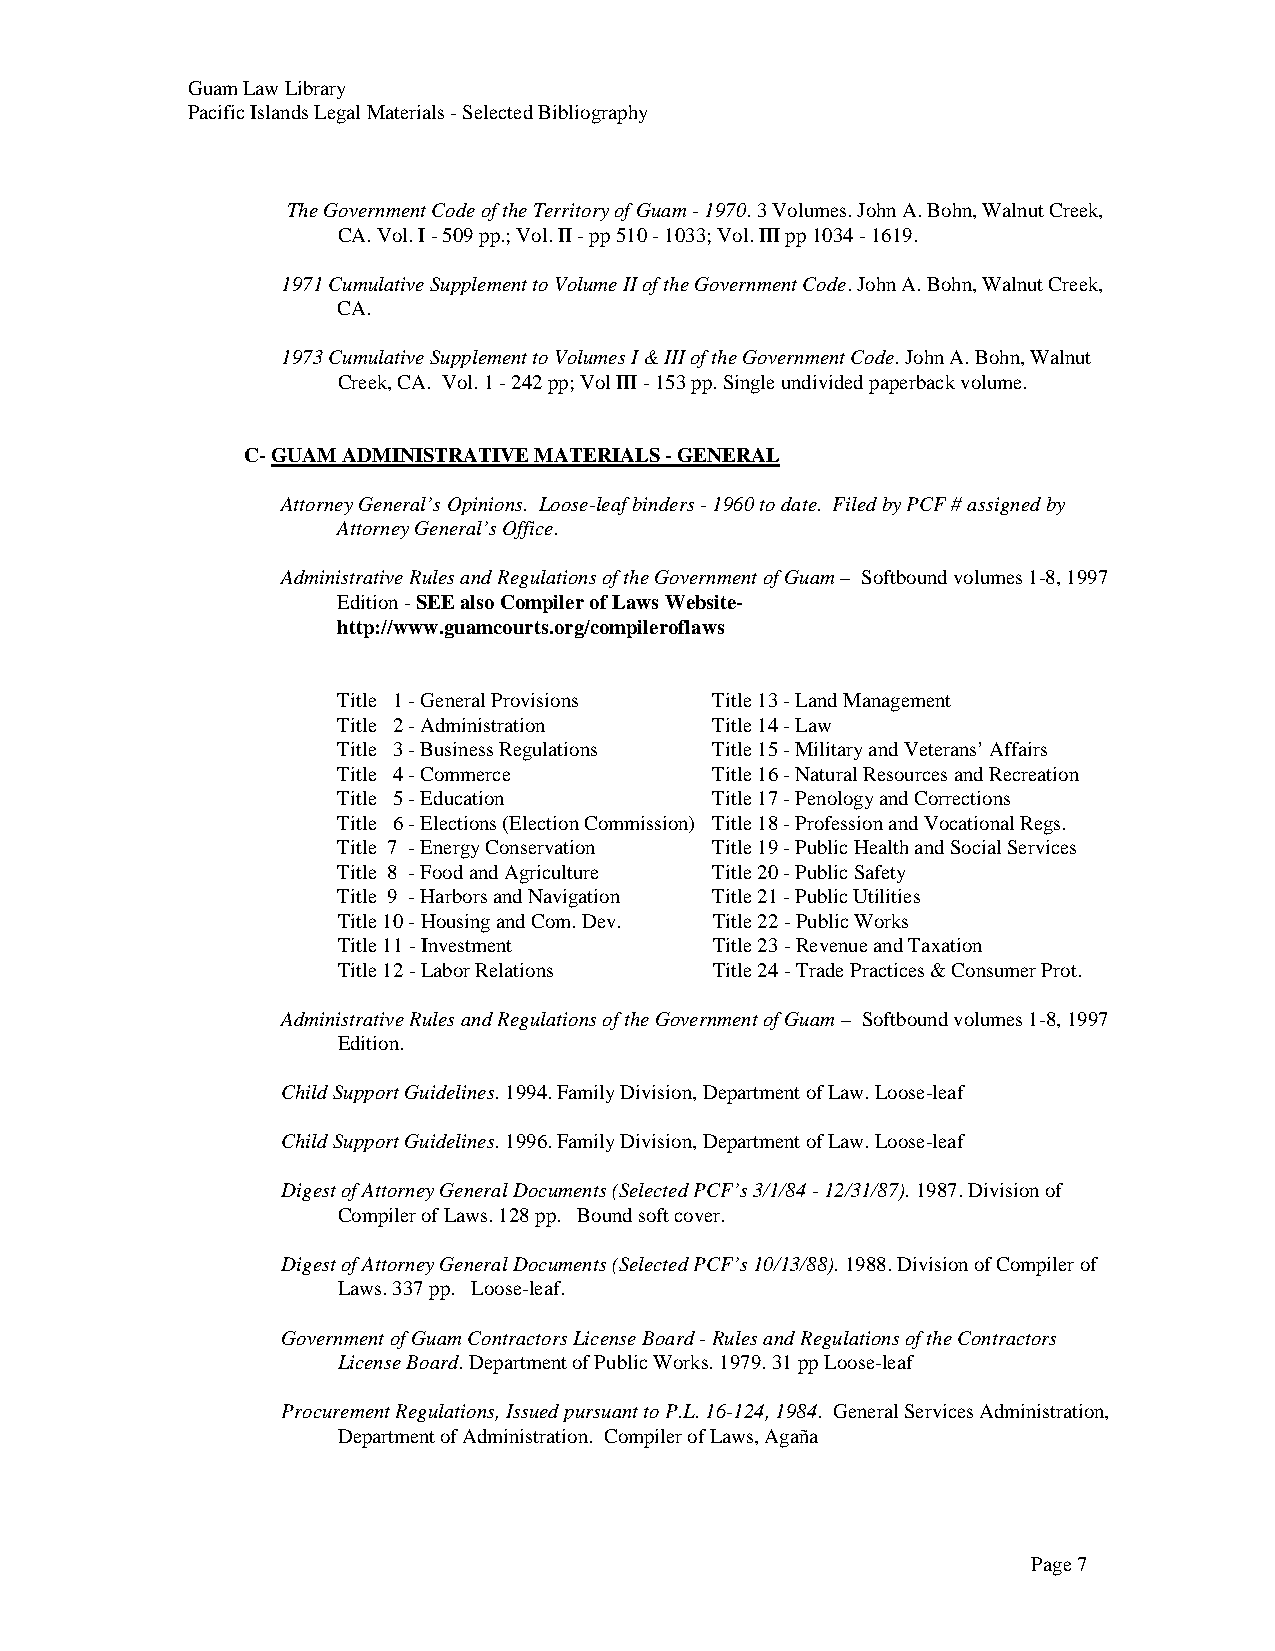
Guam Law Library
 Pacific Islands Legal Materials - Selected Bibliography
 The Government Code of the Territory of Guam - 1970. 3 Volumes. John A. Bohn, Walnut Creek,
 CA. Vol. I - 509 pp.; Vol. II - pp 510 - 1033; Vol. III pp 1034 - 1619.
 1971 Cumulative Supplement to Volume II of the Government Code. John A. Bohn, Walnut Creek,
 CA.
 1973 Cumulative Supplement to Volumes I & III of the Government Code. John A. Bohn, Walnut
 Creek, CA. Vol. 1 - 242 pp; Vol III - 153 pp. Single undivided paperback volume.
 C- GUAM ADMINISTRATIVE MATERIALS - GENERAL
 Attorney General’s Opinions. Loose-leaf binders - 1960 to date. Filed by PCF # assigned by
 Attorney General’s Office.
 Administrative Rules and Regulations of the Government of Guam – Softbound volumes 1-8, 1997
 Edition - SEE also Compiler of Laws Website-
 http://www.guamcourts.org/compileroflaws
 Title 1 - General Provisions Title 13 - Land Management
 Title 2 - Administration Title 14 - Law
 Title 3 - Business Regulations Title 15 - Military and Veterans’ Affairs
 Title 4 - Commerce       Title 16 - Natural Resources and Recreation
 Title 5 - Education      Title 17 - Penology and Corrections
 Title 6 - Elections (Election Commission) Title 18 - Profession and Vocational Regs.
 Title 7 - Energy Conservation Title 19 - Public Health and Social Services
 Title 8 - Food and Agriculture Title 20 - Public Safety
 Title 9 - Harbors and Navigation Title 21 - Public Utilities
 Title 10 - Housing and Com. Dev. Title 22 - Public Works
 Title 11 - Investment    Title 23 - Revenue and Taxation
 Title 12 - Labor Relations Title 24 - Trade Practices & Consumer Prot.
 Administrative Rules and Regulations of the Government of Guam – Softbound volumes 1-8, 1997
 Edition.
 Child Support Guidelines. 1994. Family Division, Department of Law. Loose-leaf
 Child Support Guidelines. 1996. Family Division, Department of Law. Loose-leaf
 Digest of Attorney General Documents (Selected PCF’s 3/1/84 - 12/31/87). 1987. Division of
 Compiler of Laws. 128 pp. Bound soft cover.
 Digest of Attorney General Documents (Selected PCF’s 10/13/88). 1988. Division of Compiler of
 Laws. 337 pp. Loose-leaf.
 Government of Guam Contractors License Board - Rules and Regulations of the Contractors
 License Board. Department of Public Works. 1979. 31 pp Loose-leaf
 Procurement Regulations, Issued pursuant to P.L. 16-124, 1984. General Services Administration,
 Department of Administration. Compiler of Laws, Agaña
 Page 7